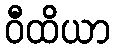
ဝီထိယာ